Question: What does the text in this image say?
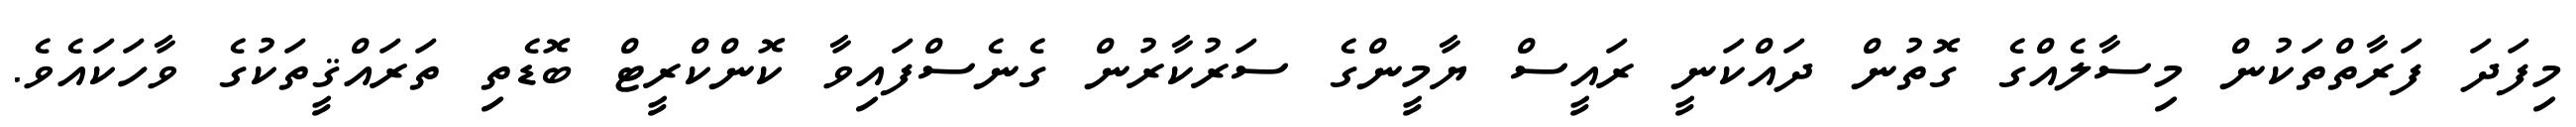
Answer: މިފަދަ ފަރާތްތަކުން މިސާލެއްގެ ގޮތުން ދައްކަނީ ރައީސް ޔާމީންގެ ސަރުކާރުން ގެނެސްފައިވާ ކޮންކްރީޓް ބޮޑެތި ތަރައްޤީތަކުގެ ވާހަކައެވެ.